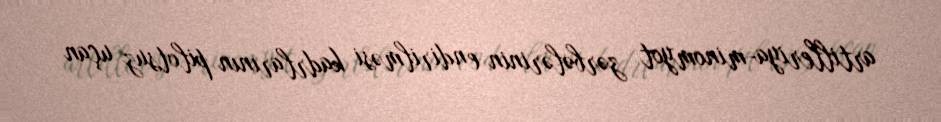
artilleriya-minomyot zərbələrinin endirilməsi kadrlarının pilotsuz uçan